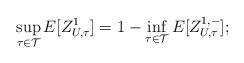
LaTeX: \begin{align*}\sup_{\tau \in {\mathcal T}} E[Z^1_{U,\tau}] = 1 - \inf_{\tau \in {\mathcal T}} E[Z^{1,-}_{U,\tau}];\end{align*}